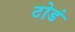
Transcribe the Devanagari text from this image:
टोडं